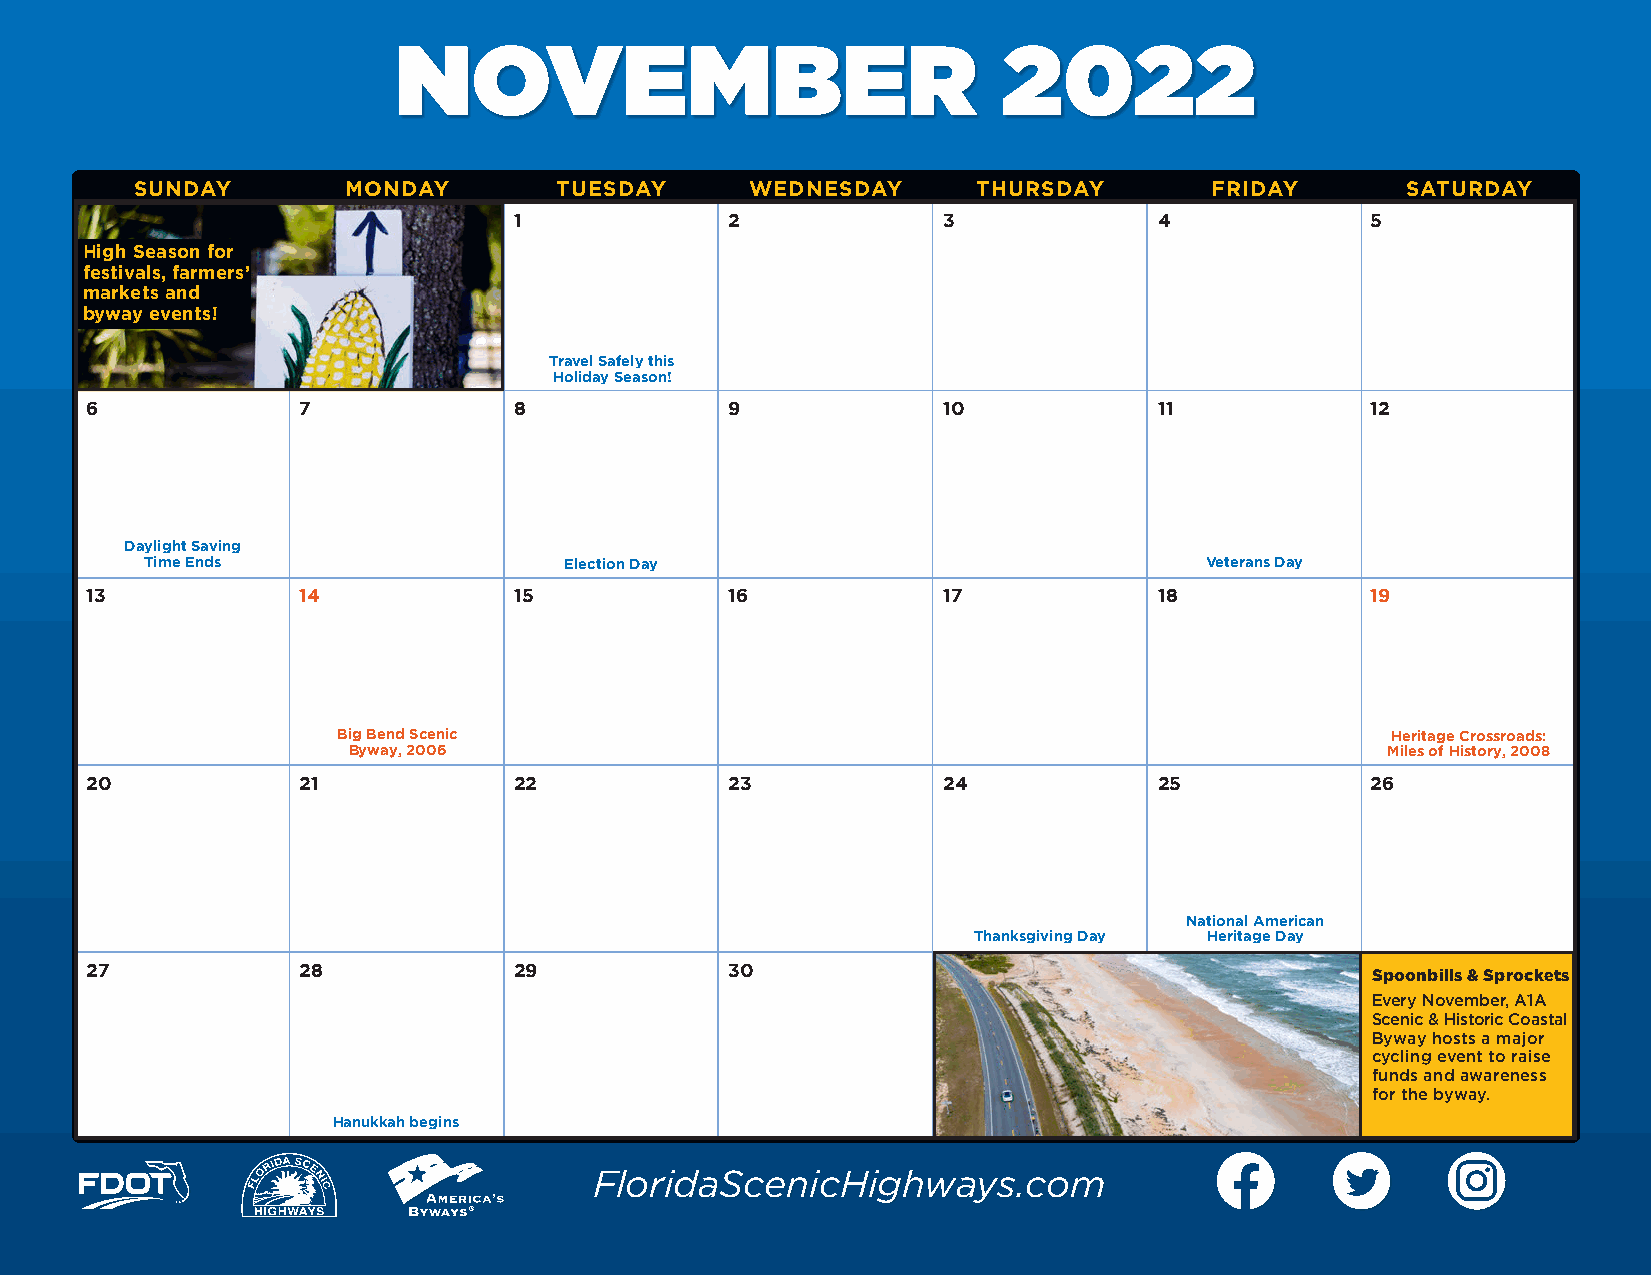
NOVEMBER                                2022
 SUNDAY        MONDAY        TUESDAY      WEDNESDAY      THURSDAY       FRIDAY       SATURDAY
 1             2             3              4             5
 High Season for
 festivals, farmers’
 markets and
 byway events!
 Travel Safely this
 Holiday Season!
 6             7             8             9             10             11            12
 Daylight Saving
 Time Ends                  Election Day                               Veterans Day
 13            14            15            16            17             18            19
 Big Bend Scenic                                                       Heritage Crossroads:
 Byway, 2006                                                          Miles of History, 2008
 20            21            22            23            24             25            26
 National American
 Thanksgiving Day Heritage Day
 27            28            29            30
 Spoonbills & Sprockets
 Every November, A1A
 Scenic & Historic Coastal
 Byway hosts a major
 cycling event to raise
 funds and awareness
 for the byway.
 Hanukkah begins
 FloridaScenicHighways.com